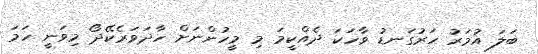
ބަލަ އުމަރު ހަރުގަނޑު ވާހަކަ ދެއްކީމަ މި މީހުންނަށް ހާދަވަރެކޭދޯ މިވަނީ ހަމަ